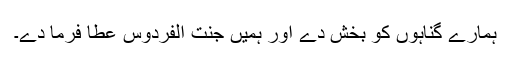
ہمارے گناہوں کو بخش دے اور ہمیں جنت الفردوس عطا فرما دے۔